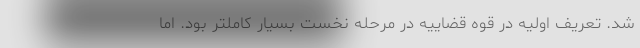
شد. تعریف اولیه در قوه قضاییه در مرحله نخست بسیار کاملتر بود. اما